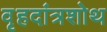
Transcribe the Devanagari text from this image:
वृहदांत्रशोथ